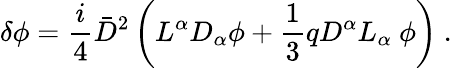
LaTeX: \delta\phi=\frac{i}{4}{\bar{D}}^{2}\left(L^{\alpha}D_{\alpha}\phi+\frac{1}{3}qD^{\alpha}L_{\alpha}\ \phi\right)\ .